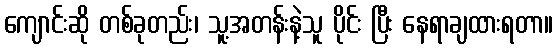
ကျောင်းဆို တစ်ခုတည်း၊ သူ့အတန်းနဲ့သူ ပိုင်း ပြီး နေရာချထားရတာ။